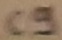
Text: C9